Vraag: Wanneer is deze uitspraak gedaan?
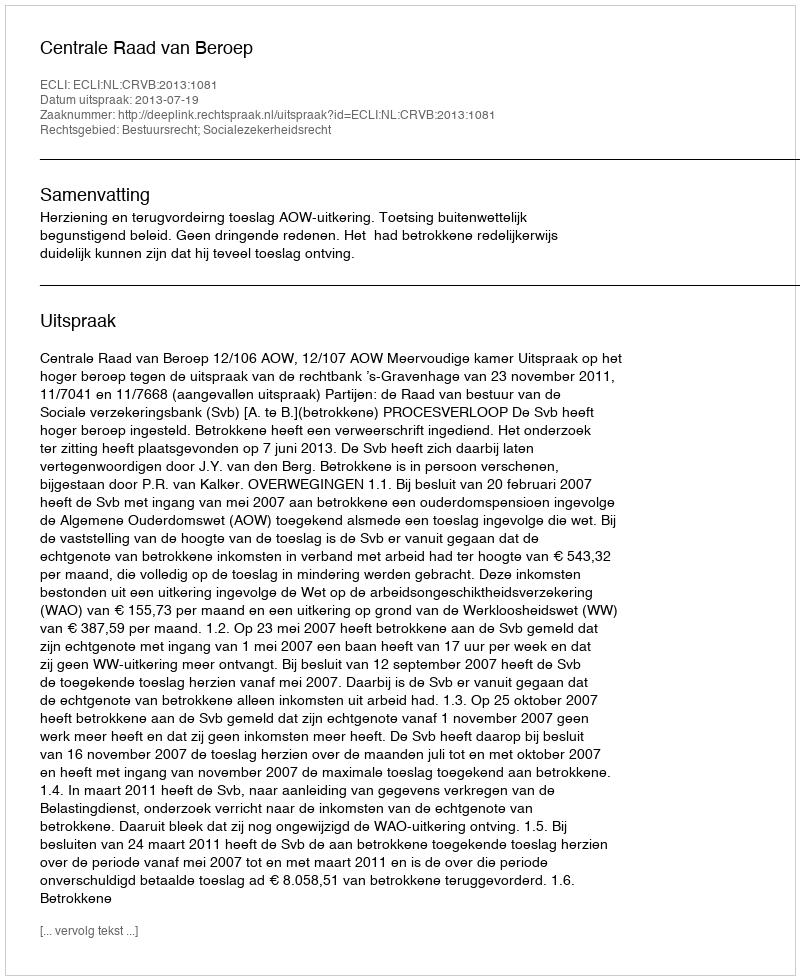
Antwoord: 2013-07-19